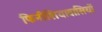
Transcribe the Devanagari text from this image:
फिनीशियावासियों